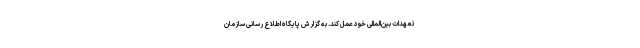
تعهدات بین‌المللی خود عمل کند. ‌به گزارش پایگاه اطلاع رسانی سازمان